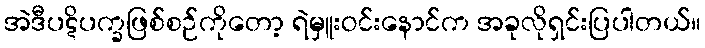
အဲဒီပဋိပက္ခဖြစ်စဉ်ကိုတော့ ရဲမှူးဝင်းနောင်က အခုလိုရှင်းပြပါတယ်။